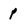
Character: p